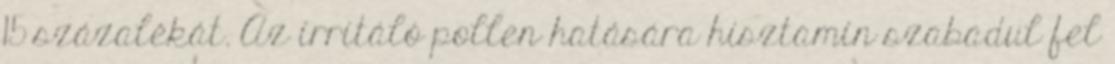
15 százalékát. Az irritáló pollen hatására hisztamin szabadul fel